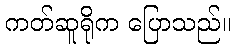
ကတ်ဆူရိုက ပြောသည်။